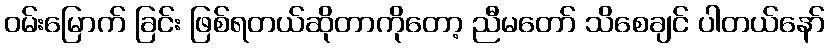
ဝမ်းမြောက် ခြင်း ဖြစ်ရတယ်ဆိုတာကိုတော့ ညီမတော် သိစေချင် ပါတယ်နော်